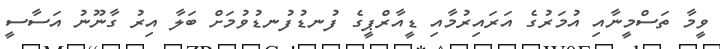
ވީމާ ތަސްމީނާއި އުމަރުގެ އަރައިރުމާއި ޑީއާރްޕީގެ ފުނޑުފުނޑުވުމަށް ބަލާ އިރު ގާނޫނު އަސާސީ